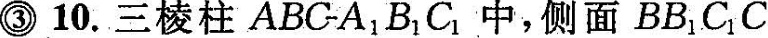
3 10. 三棱柱ABC-A_{1}B_{1}C_{1}中，侧面BB_{1}C_{1}C